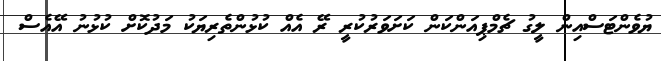
ޔުވެންޓަސްއިން ލީގު ޗެމްޕިއަންކަން ކަށަވަރުކުރީ ރޭ އެއް ކުޅުންތެރިޔަކު މަދުކޮށް ކުޅުނު އޭއެސް